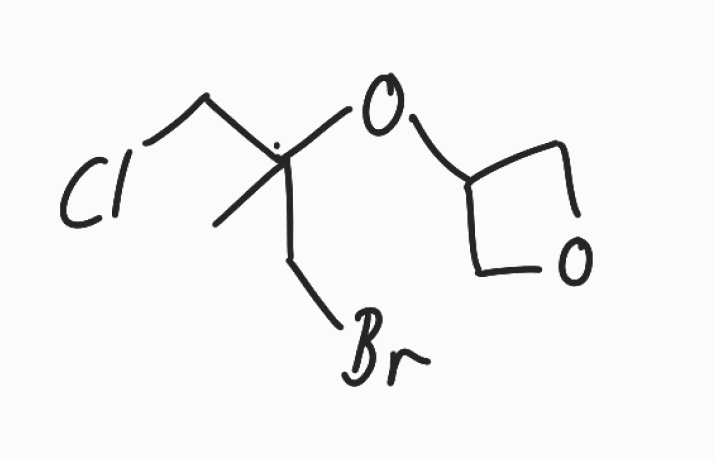
Simplified molecular-input line-entry system (SMILES) notation of the given molecule:
CC(CCl)(CBr)OC1COC1